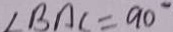
\angle B A C = 9 0 ^ { \circ }